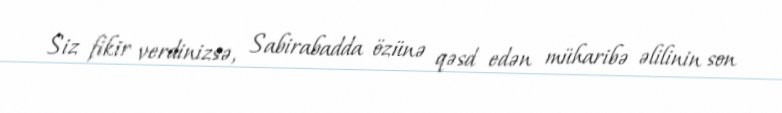
Siz fikir verdinizsə, Sabirabadda özünə qəsd edən müharibə əlilinin son